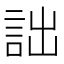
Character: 詘